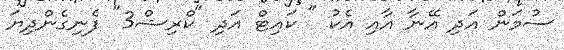
ސުމަން އަދި އޭނާ އާއި އެކު " ކައިޓް އަދި "ކްރިޝް3" ފެނިގެންދިޔަ